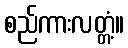
စည်ကားလတ္တံ့။